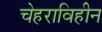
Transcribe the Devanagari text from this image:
चेहराविहीन